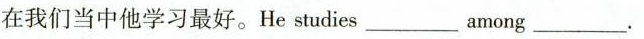
在我们当中他学习最好.He studies